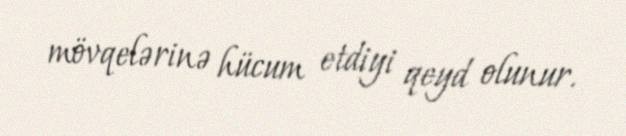
mövqelərinə hücum etdiyi qeyd olunur.